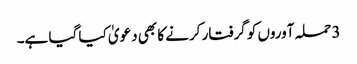
3 حملہ آوروں کو گرفتار کرنے کا بھی دعویٰ کیا گیا ہے۔